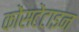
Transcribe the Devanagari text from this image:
कोंसटेंटाइन